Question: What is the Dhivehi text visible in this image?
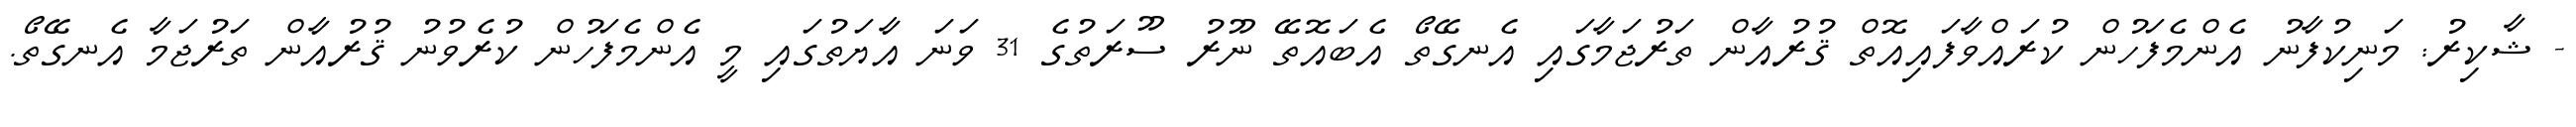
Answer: - ޝާކިރު: މަނިކުފާނު އެންމެފަހުން ކުރައްވާފައިއޮތް ޤުރުއާން ތަރުޖަމާގައި އެނގޭތޯ އެބައޮތޭ ނޫރު ސޫރަތުގެ 31 ވަނަ އާޔަތުގައި މީ އެންމެފަހުން ކުރެވުނު ޤުރުއާން ތަރުޖަމާ އެނގޭތޯ.